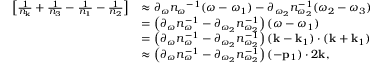
\begin{array} { r l } { \left[ \frac { 1 } { n _ { \bf k } } + \frac { 1 } { n _ { 3 } } - \frac { 1 } { n _ { 1 } } - \frac { 1 } { n _ { 2 } } \right] } & { \approx \partial _ { \omega } { n _ { \omega } } ^ { - 1 } ( \omega - \omega _ { 1 } ) - \partial _ { \omega _ { 2 } } n _ { \omega _ { 2 } } ^ { - 1 } ( \omega _ { 2 } - \omega _ { 3 } ) } \\ & { = \left( \partial _ { \omega } n _ { \omega } ^ { - 1 } - \partial _ { \omega _ { 2 } } n _ { \omega _ { 2 } } ^ { - 1 } \right) ( \omega - \omega _ { 1 } ) } \\ & { = \left( \partial _ { \omega } n _ { \omega } ^ { - 1 } - \partial _ { \omega _ { 2 } } n _ { \omega _ { 2 } } ^ { - 1 } \right) ( { \bf k } - { \bf k } _ { 1 } ) \cdot ( { \bf k } + { \bf k } _ { 1 } ) } \\ & { \approx \left( \partial _ { \omega } n _ { \omega } ^ { - 1 } - \partial _ { \omega _ { 2 } } n _ { \omega _ { 2 } } ^ { - 1 } \right) ( - { \bf p } _ { 1 } ) \cdot 2 { \bf k } , } \end{array}